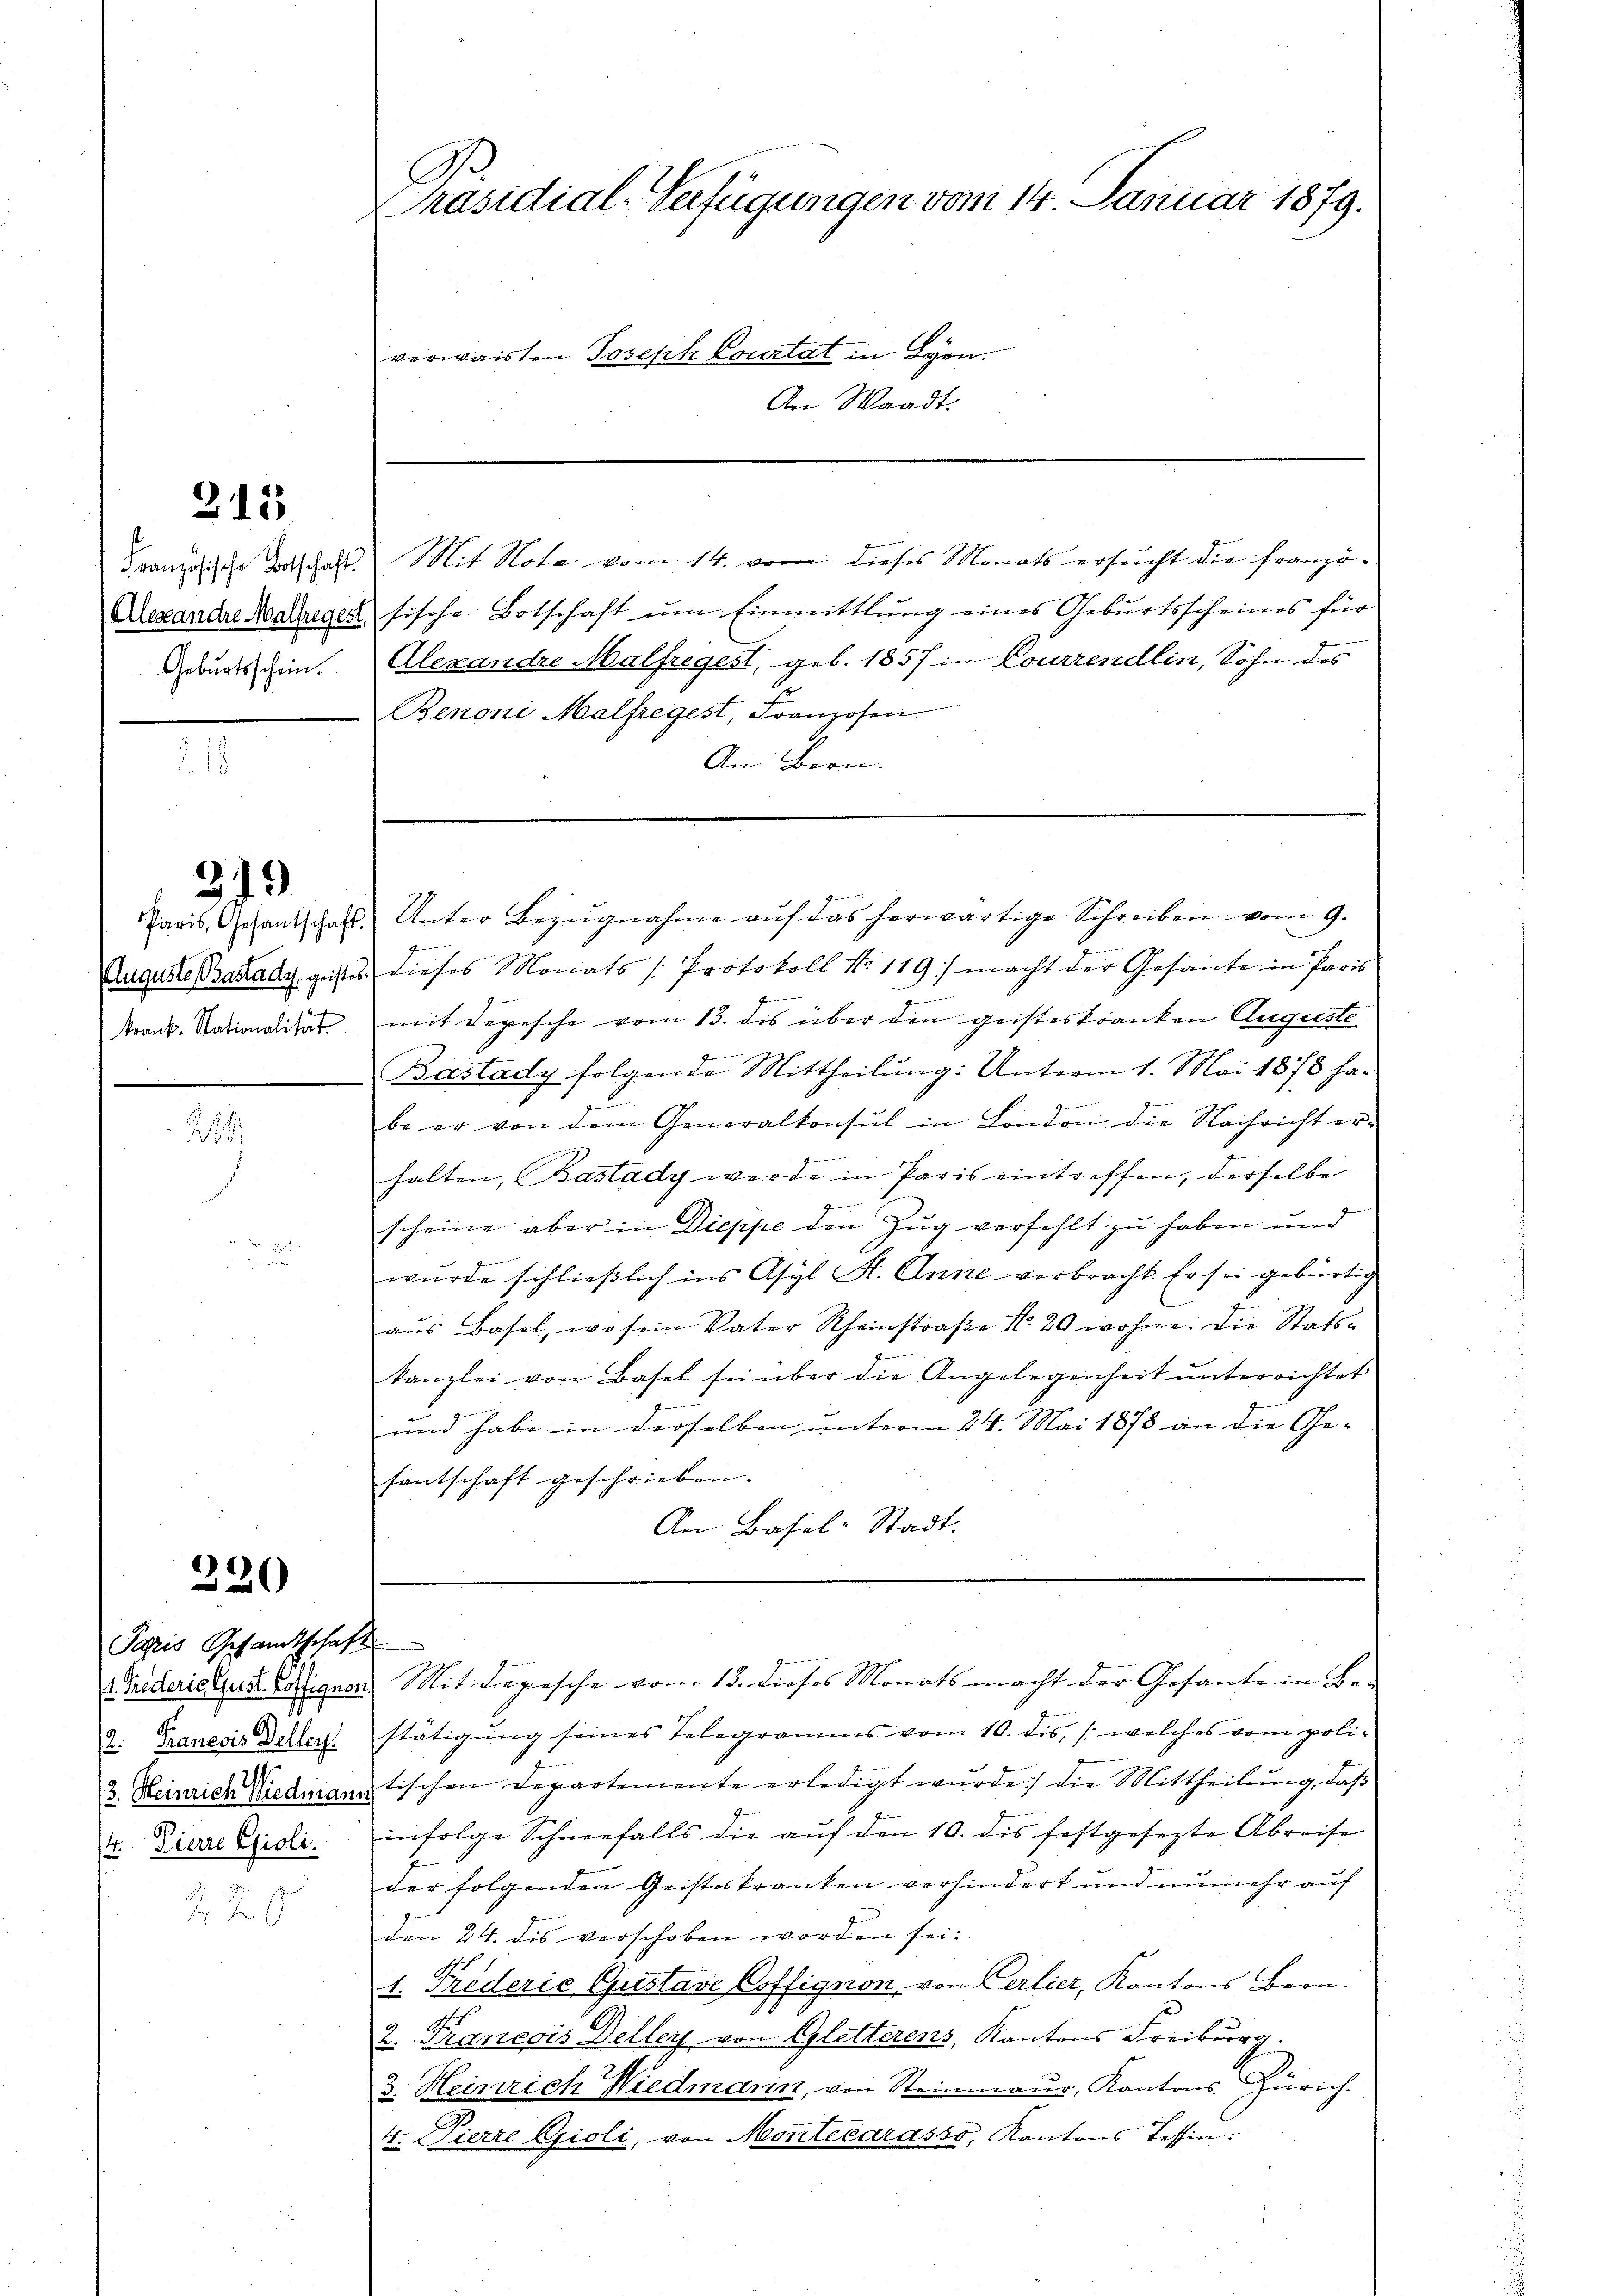
215

Geburtsschein.

319

krank. Stationalität

226

Papris Gesandtschaft
2. Francois Deller.
4. Pierre Gioli.

Präsidial-Verfügungen vom 14. Januar 1879.
verwaisten Joseph Courtat in Lyon.
An Waadt.

Französische Taschaft. Mit Nota vom 14. von dieses Monats ersucht die franzö¬
Alexandre Malzregen fische Botschaft ŭm Einmittlung eines Geburtsscheines für
Alexandre Malfregest, geb. 1857 in Courrendlin, Sohn des
Benoni Malfregest, Franzosen.
An Bern.

Paris, Gesandschaft Unter Bezŭgnahme aŭf das herwärtige Schreiben vom 9.
g
Auguste Bazady, geistes dieses Moriats /: Protokoll No 119.) macht der Gesante in Paris
2
mit Depesche vom 13. des über den geisteskranken Auguste
Ge
Bastady folgende Mittheilung: Unterm 1. Mai 1878 ha-
g
be er von dem Generalkonsul in London die Nachricht er-
halten, Bastady werde in Paris eintreffen, derselbe
scheine aber in Dieppe den Zug verfehlt zu haben und
wurde schließlich ins Asyl St. Anne verbracht. Er sei gebürtig
aŭs Basel, wo sein Vater Rheinstraβe N. 20 wohne. Die Stats-
kanzlei von Basel sei über die Angelegenheit ŭnterrichtet
und habe in derselben unterm 24. Mai 1878 an die Ge- |
fantschaft geschrieben.
An Basel-Stadt.

Widerie lust Guignon) Mit Depesche vom 15. dieses Monats macht der Gesante in Be-

stätigung seines Telegramms vom 10. dis, (welches vom poli¬
3. Heinrich Niedmann tischen Departemente erledigt wŭrde, die Mittheilŭng, daβ
infolge Schneefalls die aŭf den 10. dis festgesezte Abreise
der folgenden Geisteskranken verhindert und unmehr auf
den 24. dis verschoben worden sei.
1. Triderie Gustave Coffignon, von Cerlier, Kantons Bern.
2. Traneois Deller von Gletterens, Kantons Freiburg.
3. Heinrich Wiedmann, von Steinmaur, Kantons Zürich.
4. Vierre Gioli, von Montecarasso, Kantons Tessin.